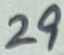
Text: 29